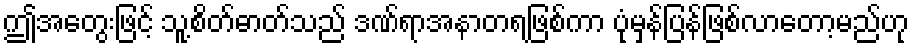
ဤအတွေးဖြင့် သူ့စိတ်ဓာတ်သည် ဒဏ်ရာအနာတရဖြစ်ကာ ပုံမှန်ပြန်ဖြစ်လာတော့မည်ဟု